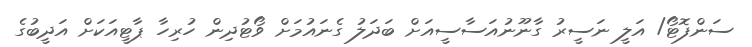
ސަންފޮޓޯ/ އަލީ ނަސީރު ގާނޫނުއަސާސީއަށް ބަދަލު ގެނައުމަށް ވޯޓުދިން ހުރިހާ ޕާޓީއަކަށް އަދީބުގެ